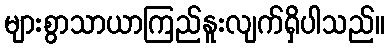
များစွာသာယာကြည်နူးလျက်ရှိပါသည်။